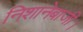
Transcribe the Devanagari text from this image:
निशानेबाजी।